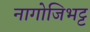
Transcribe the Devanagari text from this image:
नागोजिभट्ट